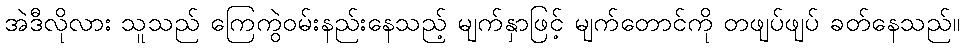
အဲဒီလိုလား သူသည် ကြေကွဲဝမ်းနည်းနေသည့် မျက်နှာဖြင့် မျက်တောင်ကို တဖျပ်ဖျပ် ခတ်နေသည်။